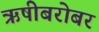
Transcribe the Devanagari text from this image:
ऋषीबरोबर